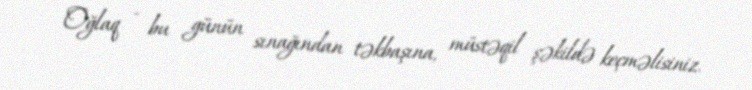
Oğlaq - bu günün sınağından təkbaşına, müstəqil şəkildə keçməlisiniz.